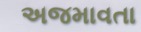
અજમાવતા